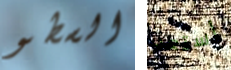
السطو أستعد